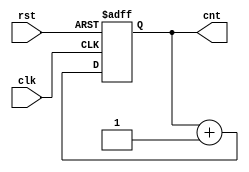
`timescale 1ns / 1ps
//////////////////////////////////////////////////////////////////////////////////
// Company: 
// Engineer: 
// 
// Design Name: 
// Module Name: counter8
// Project Name: 
// Target Devices: 
// Tool Versions: 
// Description: 
// 
// Dependencies: 
// 
// Revision:
// Revision 0.01 - File Created
// Additional Comments:
// 
//////////////////////////////////////////////////////////////////////////////////


module counter8(clk,rst,cnt);
input clk,rst;
output reg[7:0] cnt;

always@(posedge clk or posedge rst) begin
    if(rst) begin
        cnt<=8'b0000_0000;
    end
    else cnt<=cnt+1;
end

endmodule